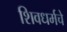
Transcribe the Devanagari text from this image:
शिवधर्मचे